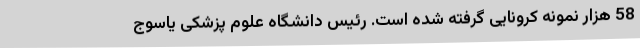
58 هزار نمونه کرونایی گرفته شده است. رئیس دانشگاه علوم پزشکی یاسوج